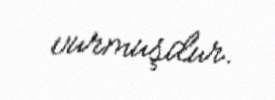
vurmuşdur.